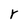
Character: r